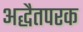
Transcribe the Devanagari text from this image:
अद्धैतपरक